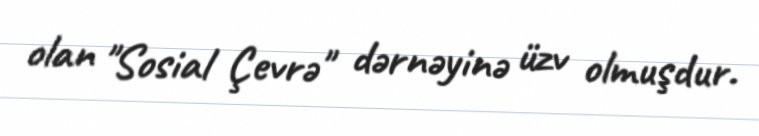
olan "Sosial Çevrə" dərnəyinə üzv olmuşdur.